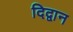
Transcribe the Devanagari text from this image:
दिद्वान